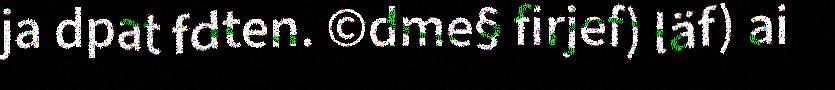
ja dpat fdten. ©dme§ firjef) läf) ai